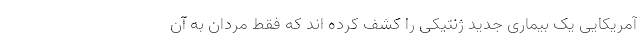
آمریکایی یک بیماری جدید ژنتیکی را کشف کرده اند که فقط مردان به آن